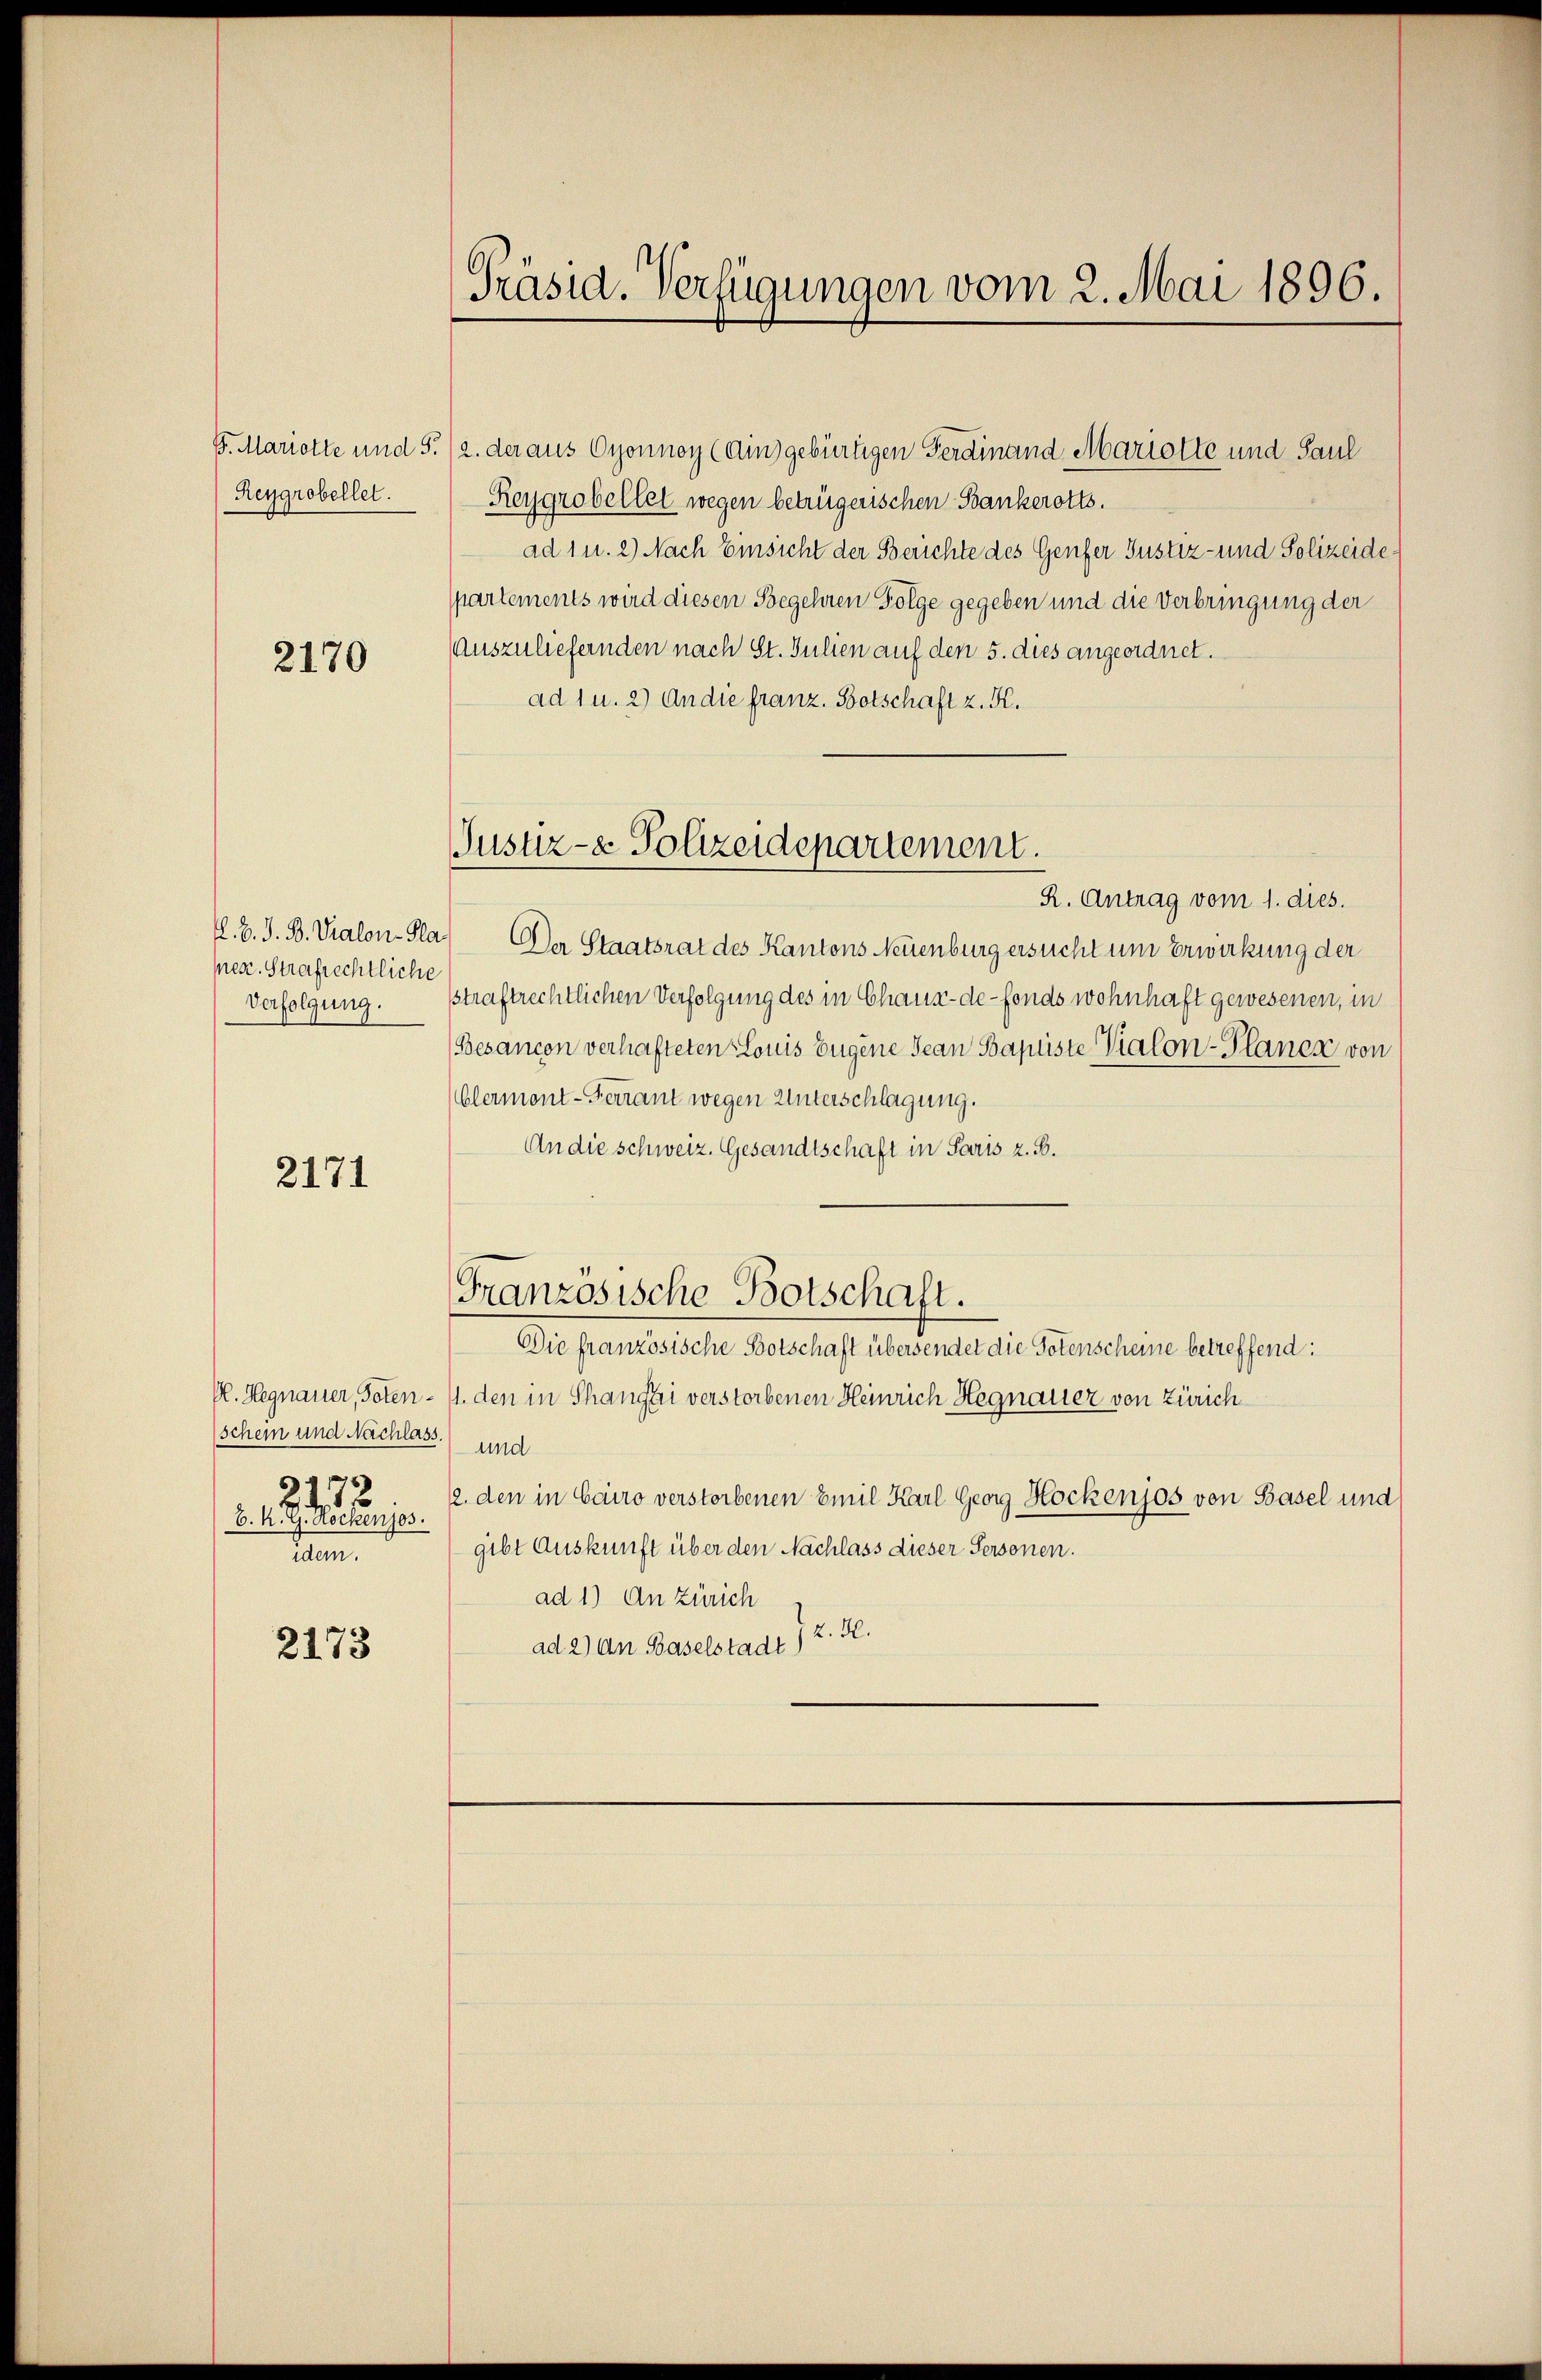
Reygrobellet.

2170

pese. Strafrechtliche
Verfolgung.

2171

schein und Nachlass.) und
2473.
B. K. G. Möckenjos.
dam

2173

Präsid. Verfügungen vom 2. Mai 1896.

Justiz- & Polizeidepartement.

S. Mariette und S. 12. der aus Oyonnoy (Ain) gebürtigen Ferdinand Mariotte und Paul
Reygrobellet wegen betrügerischen Bankerotts.
ad 1 u. 2) Nach Einsicht der Berichte des Genfer Justiz- und Polizeide
partements wird diesen Begehren Folge gegeben und die Verbringung der
Auszuliefernden nach St. Julien auf den 5. dies angeordnet.
ad 1 u. 2) An die franz. Botschaft z. K.
R. Antrag vom 1. dies.
L.B. J. B. Vialon-Pla. Der Staatsrat des Kantons Neuenburg ersucht um Erwirkung der
straftrechtlichen Verfolgung des in Chaux-de-Fonds wohnhaft gewesenen, in
Besancen verhafteten Louis Eugene Jean Baptiste Vialon-Planes von
blermont-Ferrant wegen Unterschlagung.
An die schweiz. Gesandtschaft in Paris z. B.
Französische Botschaft.
Die französische Botschaft übersendet die Totenscheine betreffend:
P. Hegnauer, Toten - 11. den in Shangzei verstorbenen Heinrich Hegnauer von Zürich
12. den in Cairo verstorbenen Emil Karl Georg Hockenjos von Basel und
gibt Auskunft über den Nachlass dieser Personen.
ad 1.) An Zürich
ad 2) an Baselstadt 72. H.